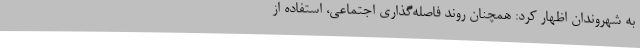
به شهروندان اظهار کرد: همچنان روند فاصله‌گذاری اجتماعی، استفاده از